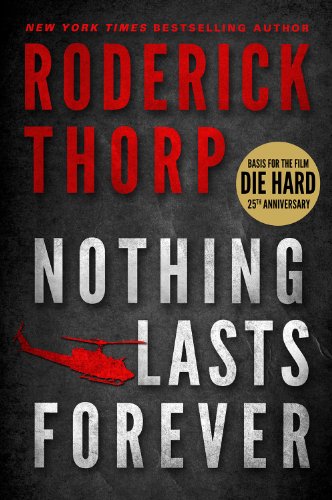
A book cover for Nothing Lasts Forever (The book that inspired the movie Die Hard); Roderick Thorp; Literature & Fiction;